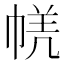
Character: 𭘤